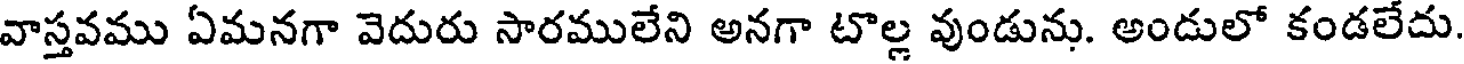
వాస్తవము ఏమనగా వెదురు సారములేని అనగా టొల్ల వుండును. అండులో కండలేదు